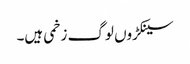
سینکڑوں لوگ زخمی ہیں۔